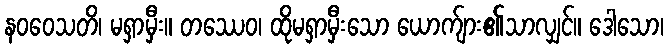
နဝဝေသတိ၊ မရှာမှီး။ တဿေဝ၊ ထိုမရှာမှီးသော ယောက်ျား၏သာလျှင်။ ဒေါသော၊